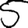
Digit: 5